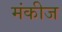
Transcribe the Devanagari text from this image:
मंकीज